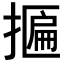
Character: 𢴂